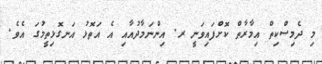
މި ދެމިސްކިތް އިމާރާތް ކޮށްފައިވަނީ ރ. އިންނަމާދުއާއި އެ އަތޮޅު އަނގޮޅިތީމުގަ އެވެ.